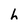
Character: h